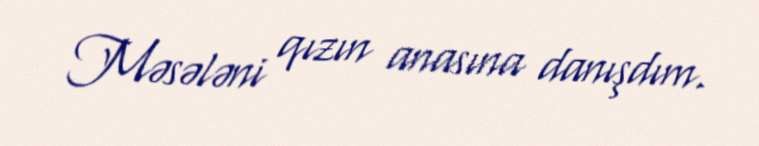
Məsələni qızın anasına danışdım.